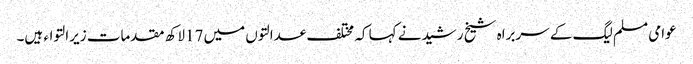
عوامی مسلم لیگ کے سربراہ شیخ رشیدنے کہا کہ مختلف عدالتوں میں 17لاکھ مقدمات زیرالتواء ہیں۔